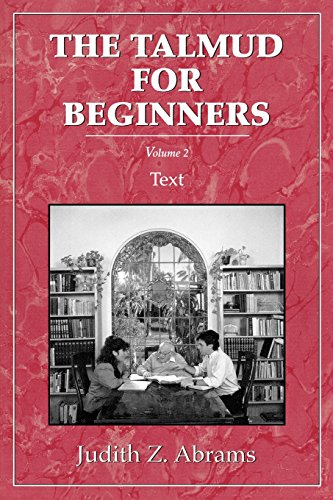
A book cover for Talmud for Beginners: Text, Vol. 2 (Volume 2); Judith Z. Abrams; Religion & Spirituality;